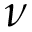
\nu